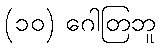
(၁၀) ဂေါတြဘူ